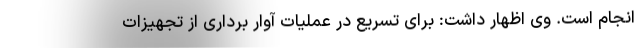
انجام است. وی اظهار داشت: برای تسریع در عملیات آوار برداری از تجهیزات